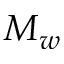
M _ { w }